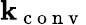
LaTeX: \mathbf{k}_{\mathrm{{~c~o~n~v~}}}